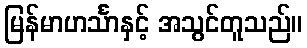
မြန်မာဟင်္သာနှင့် အသွင်တူသည်။